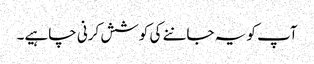
آپ کو یہ جاننے کی کوشش کرنی چاہیے۔